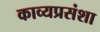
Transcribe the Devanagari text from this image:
काव्यप्रसंशा